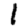
Digit: 1